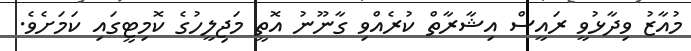
މުއާޒު ވިދާޅުވީ ރައީސް އިޝާރާތް ކުރެއްވި ގާނޫނު އޮތީ މަޖިލީހުގެ ކޮމިޓީގައި ކަމަށެވެ.